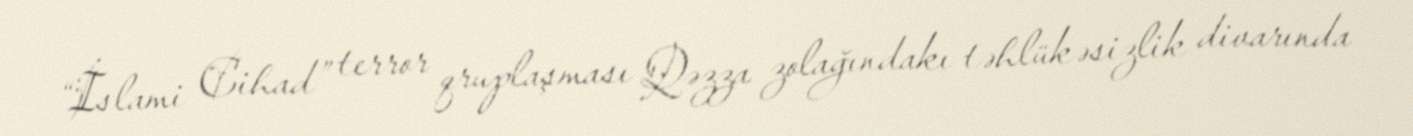
“İslami Cihad” terror qruplaşması Qəzza zolağındakı təhlükəsizlik divarında